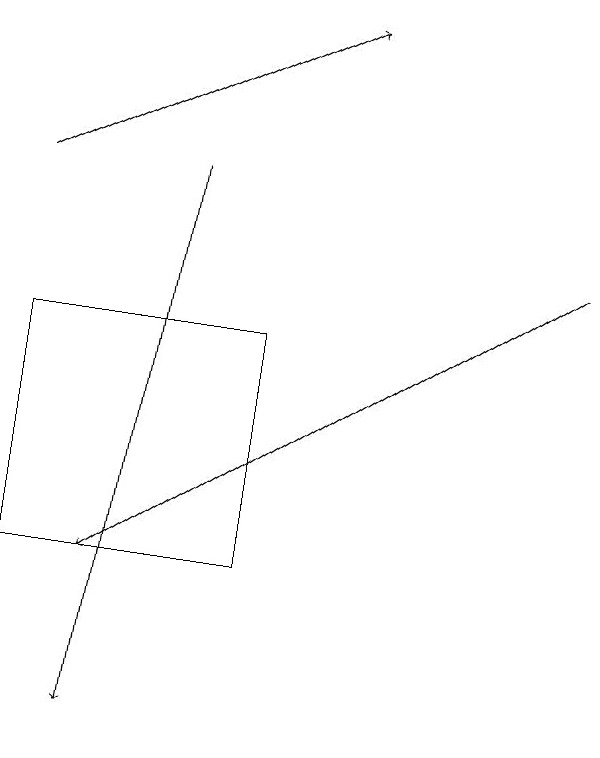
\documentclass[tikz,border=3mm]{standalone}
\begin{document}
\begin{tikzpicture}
\draw[->] (8,16) -- (2,12);
\draw (1,15) rectangle (4,12);
\draw[->] (3,17) -- (2,10);
\draw[->] (1,17) -- (5,19);
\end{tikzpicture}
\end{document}